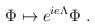
LaTeX: \begin{align*} \Phi \mapsto e^{ie\Lambda} \Phi~.\end{align*}